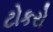
ટોકરો